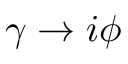
\gamma \to i \phi